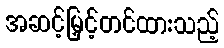
အဆင့်မြှင့်တင်ထားသည့်